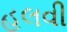
હલવી